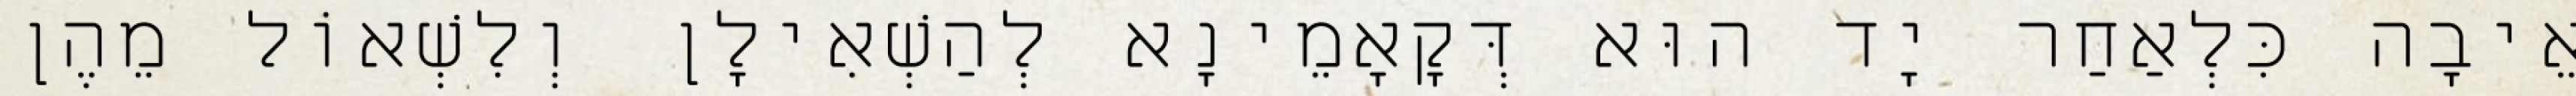
אֵיבָה כִּלְאַחַר יָד הוּא דְּקָאָמֵינָא לְהַשְׁאִילָן וְלִשְׁאוֹל מֵהֶן